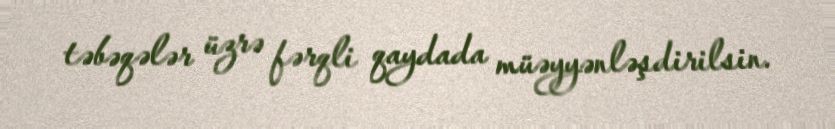
təbəqələr üzrə fərqli qaydada müəyyənləşdirilsin.